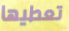
تعطيها